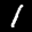
Label: 1